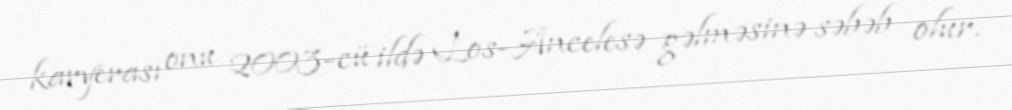
karyerası onu 2003-cü ildə Los-Ancelesə gəlməsinə səbəb olur.